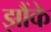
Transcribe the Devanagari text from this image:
झौंके